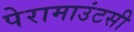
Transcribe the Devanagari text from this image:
पेरामाउंटसी